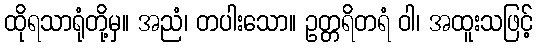
ထိုရသာရုံတို့မှ။ အညံ၊ တပါးသော။ ဥတ္တရိတရံ ဝါ၊ အထူးသဖြင့်